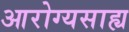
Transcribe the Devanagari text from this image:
आरोग्यसाह्य